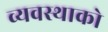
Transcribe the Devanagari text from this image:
व्यवस्थाको